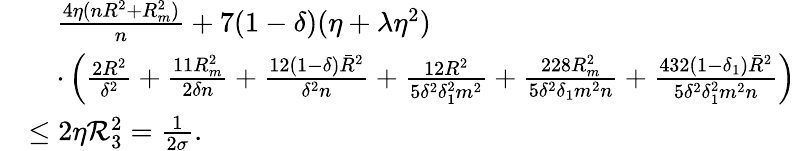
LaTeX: \begin{array}{rl}&{\quad\frac{4\eta(nR^{2}+R_{m}^{2})}{n}+7(1-\delta)(\eta+\lambda\eta^{2})}\\ &{\quad\cdot\left(\frac{2R^{2}}{\delta^{2}}+\frac{11R_{m}^{2}}{2\delta n}+\frac{12(1-\delta){\bar{R}}^{2}}{\delta^{2}n}+\frac{12R^{2}}{5\delta^{2}\delta_{1}^{2}m^{2}}+\frac{228R_{m}^{2}}{5\delta^{2}\delta_{1}m^{2}n}+\frac{432(1-\delta_{1}){\bar{R}}^{2}}{5\delta^{2}\delta_{1}^{2}m^{2}n}\right)}\\ &{\leq 2\eta{\cal R}_{3}^{2}=\frac{1}{2\sigma}.}\end{array}